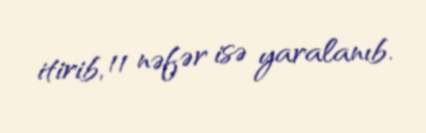
itirib, 11 nəfər isə yaralanıb.